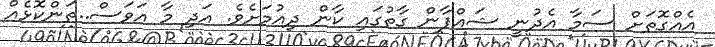
އެއްގޮތަށް ސަމާ އެދުނީ ޝައްފާން ގާތުގައި ކާން ދިއުމަށެވެ. އަދި މާ އަވަސް..ތަންކޮޅެއް